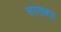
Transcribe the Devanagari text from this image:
सरसबज़